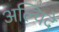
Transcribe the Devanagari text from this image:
अल्चिदे